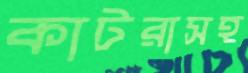
কাটরাসহ